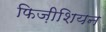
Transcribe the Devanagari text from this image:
फिज़ीशियन